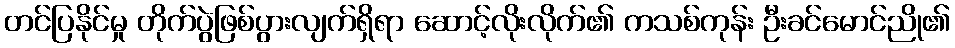
တင်ပြနိုင်မှု တိုက်ပွဲဖြစ်ပွားလျက်ရှိရာ ဆောင့်လိုးလိုက်၏ ကသစ်ကုန်း ဦးခင်မောင်ညို၏